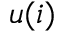
u ( i )